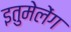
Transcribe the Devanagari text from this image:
इतुमेलेंग